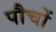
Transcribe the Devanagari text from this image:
पौचों